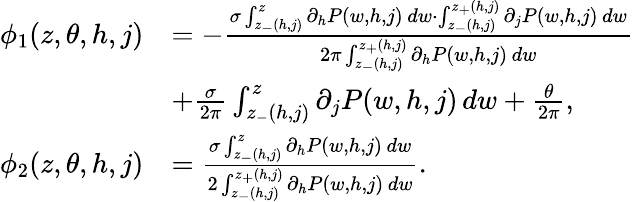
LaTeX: \begin{array}{rl}{\phi_{1}(z,\theta,h,j)}&{=-\frac{\sigma\int_{z_{-}(h,j)}^{z}\partial_{h}P(w,h,j)\, dw\cdot\int_{z_{-}(h,j)}^{z_{+}(h,j)}\partial_{j}P(w,h,j)\, dw}{2\pi\int_{z_{-}(h,j)}^{z_{+}(h,j)}\partial_{h}P(w,h,j)\, dw}}\\ &{+\frac{\sigma}{2\pi}\int_{z_{-}(h,j)}^{z}\partial_{j}P(w,h,j)\, dw+\frac{\theta}{2\pi},}\\ {\phi_{2}(z,\theta,h,j)}&{=\frac{\sigma\int_{z_{-}(h,j)}^{z}\partial_{h}P(w,h,j)\, dw}{2\int_{z_{-}(h,j)}^{z_{+}(h,j)}\partial_{h}P(w,h,j)\, dw}.}\end{array}